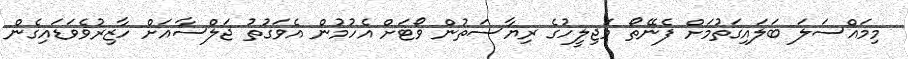
މިމައްސަލަ ބަލައިގަތުމަށް ފެނޭތޯ މަޖިލީހުގެ ރިޔާސަތުން ވޯޓަށް އެހުމުން އެވަގުތު ޖަލްސާއަށް ހާޒިރުވެވަޑައިގެން